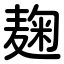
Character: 麹